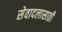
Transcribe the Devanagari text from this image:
सेवादलासाठी